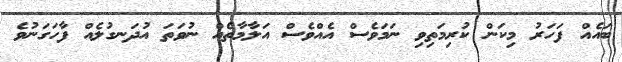
ބައެއް ފަހަރު މިކަން ކުރިމަތިވި ނަމަވެސް އެއްވެސް އަލާމާތެއް ނުވަތަ އުދަނގުލެއް ފާހަގަނުވެ